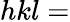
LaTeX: hkl=